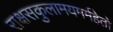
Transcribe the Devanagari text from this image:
राक्षसकुलामयमर्महेतो